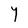
Character: Y